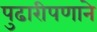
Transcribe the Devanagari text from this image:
पुढारीपणाने